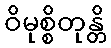
ဝိမုစ္စိတုန္တိ